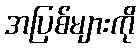
အပြစ်များကို